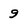
Character: 9